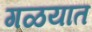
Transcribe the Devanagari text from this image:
गळयात